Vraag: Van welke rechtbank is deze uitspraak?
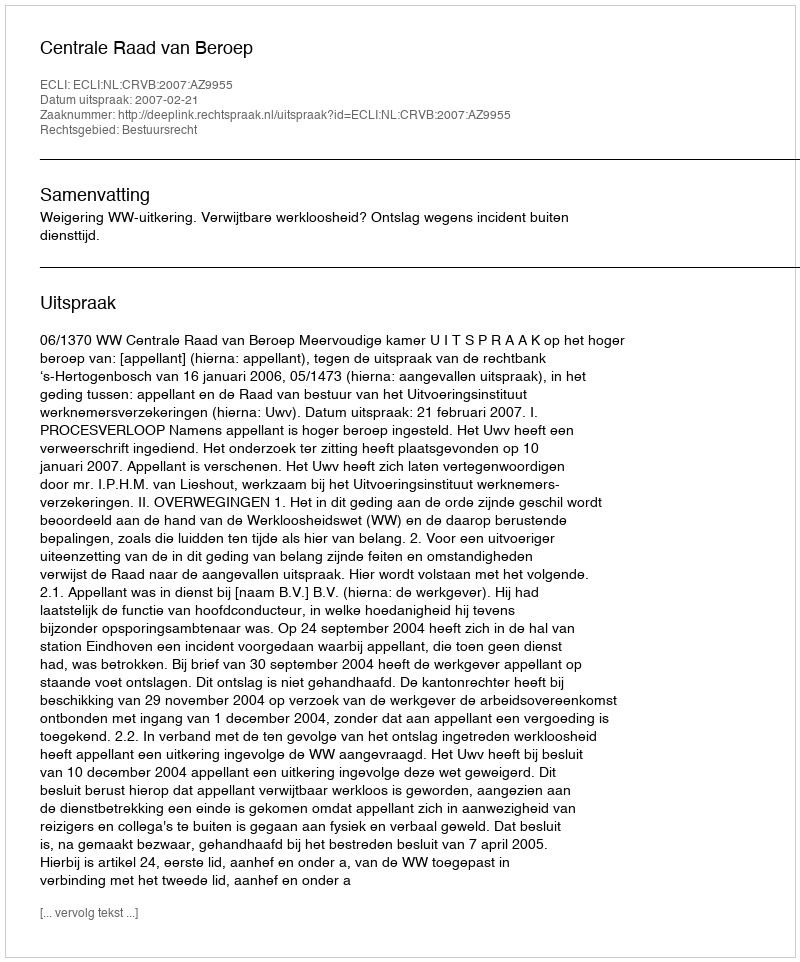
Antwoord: Centrale Raad van Beroep